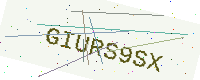
Text: GIURS9SX